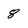
Character: 8